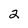
Character: 2